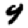
Digit: 9